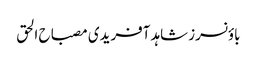
باؤنسرز شاہد آفریدی مصباح الحق